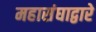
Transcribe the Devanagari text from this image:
महासंघाद्वारे